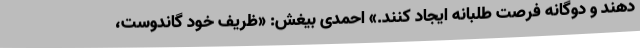
دهند و دوگانه فرصت طلبانه ایجاد کنند.» احمدی بیغش: «ظریف خود گاندوست،